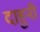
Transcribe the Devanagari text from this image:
दाहुनी